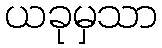
ယခုမှသာ